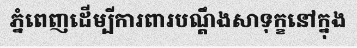
ភ្នំពេញដើម្បីការពារបណ្តឹងសាទុក្ខនៅក្នុង